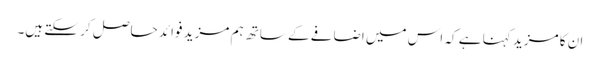
ان کا مزید کہنا ہے کہ اس میں اضافے کے ساتھ ہم مزید فوائد حاصل کر سکتے ہیں۔